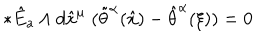
* \hat { E } _ { a } \wedge d \hat { x } ^ { \mu } \; ( \tilde { \theta } ^ { { \alpha } } ( \hat { x } ) - \hat { \theta } ^ { { \alpha } } ( \xi ) ) = 0 \;